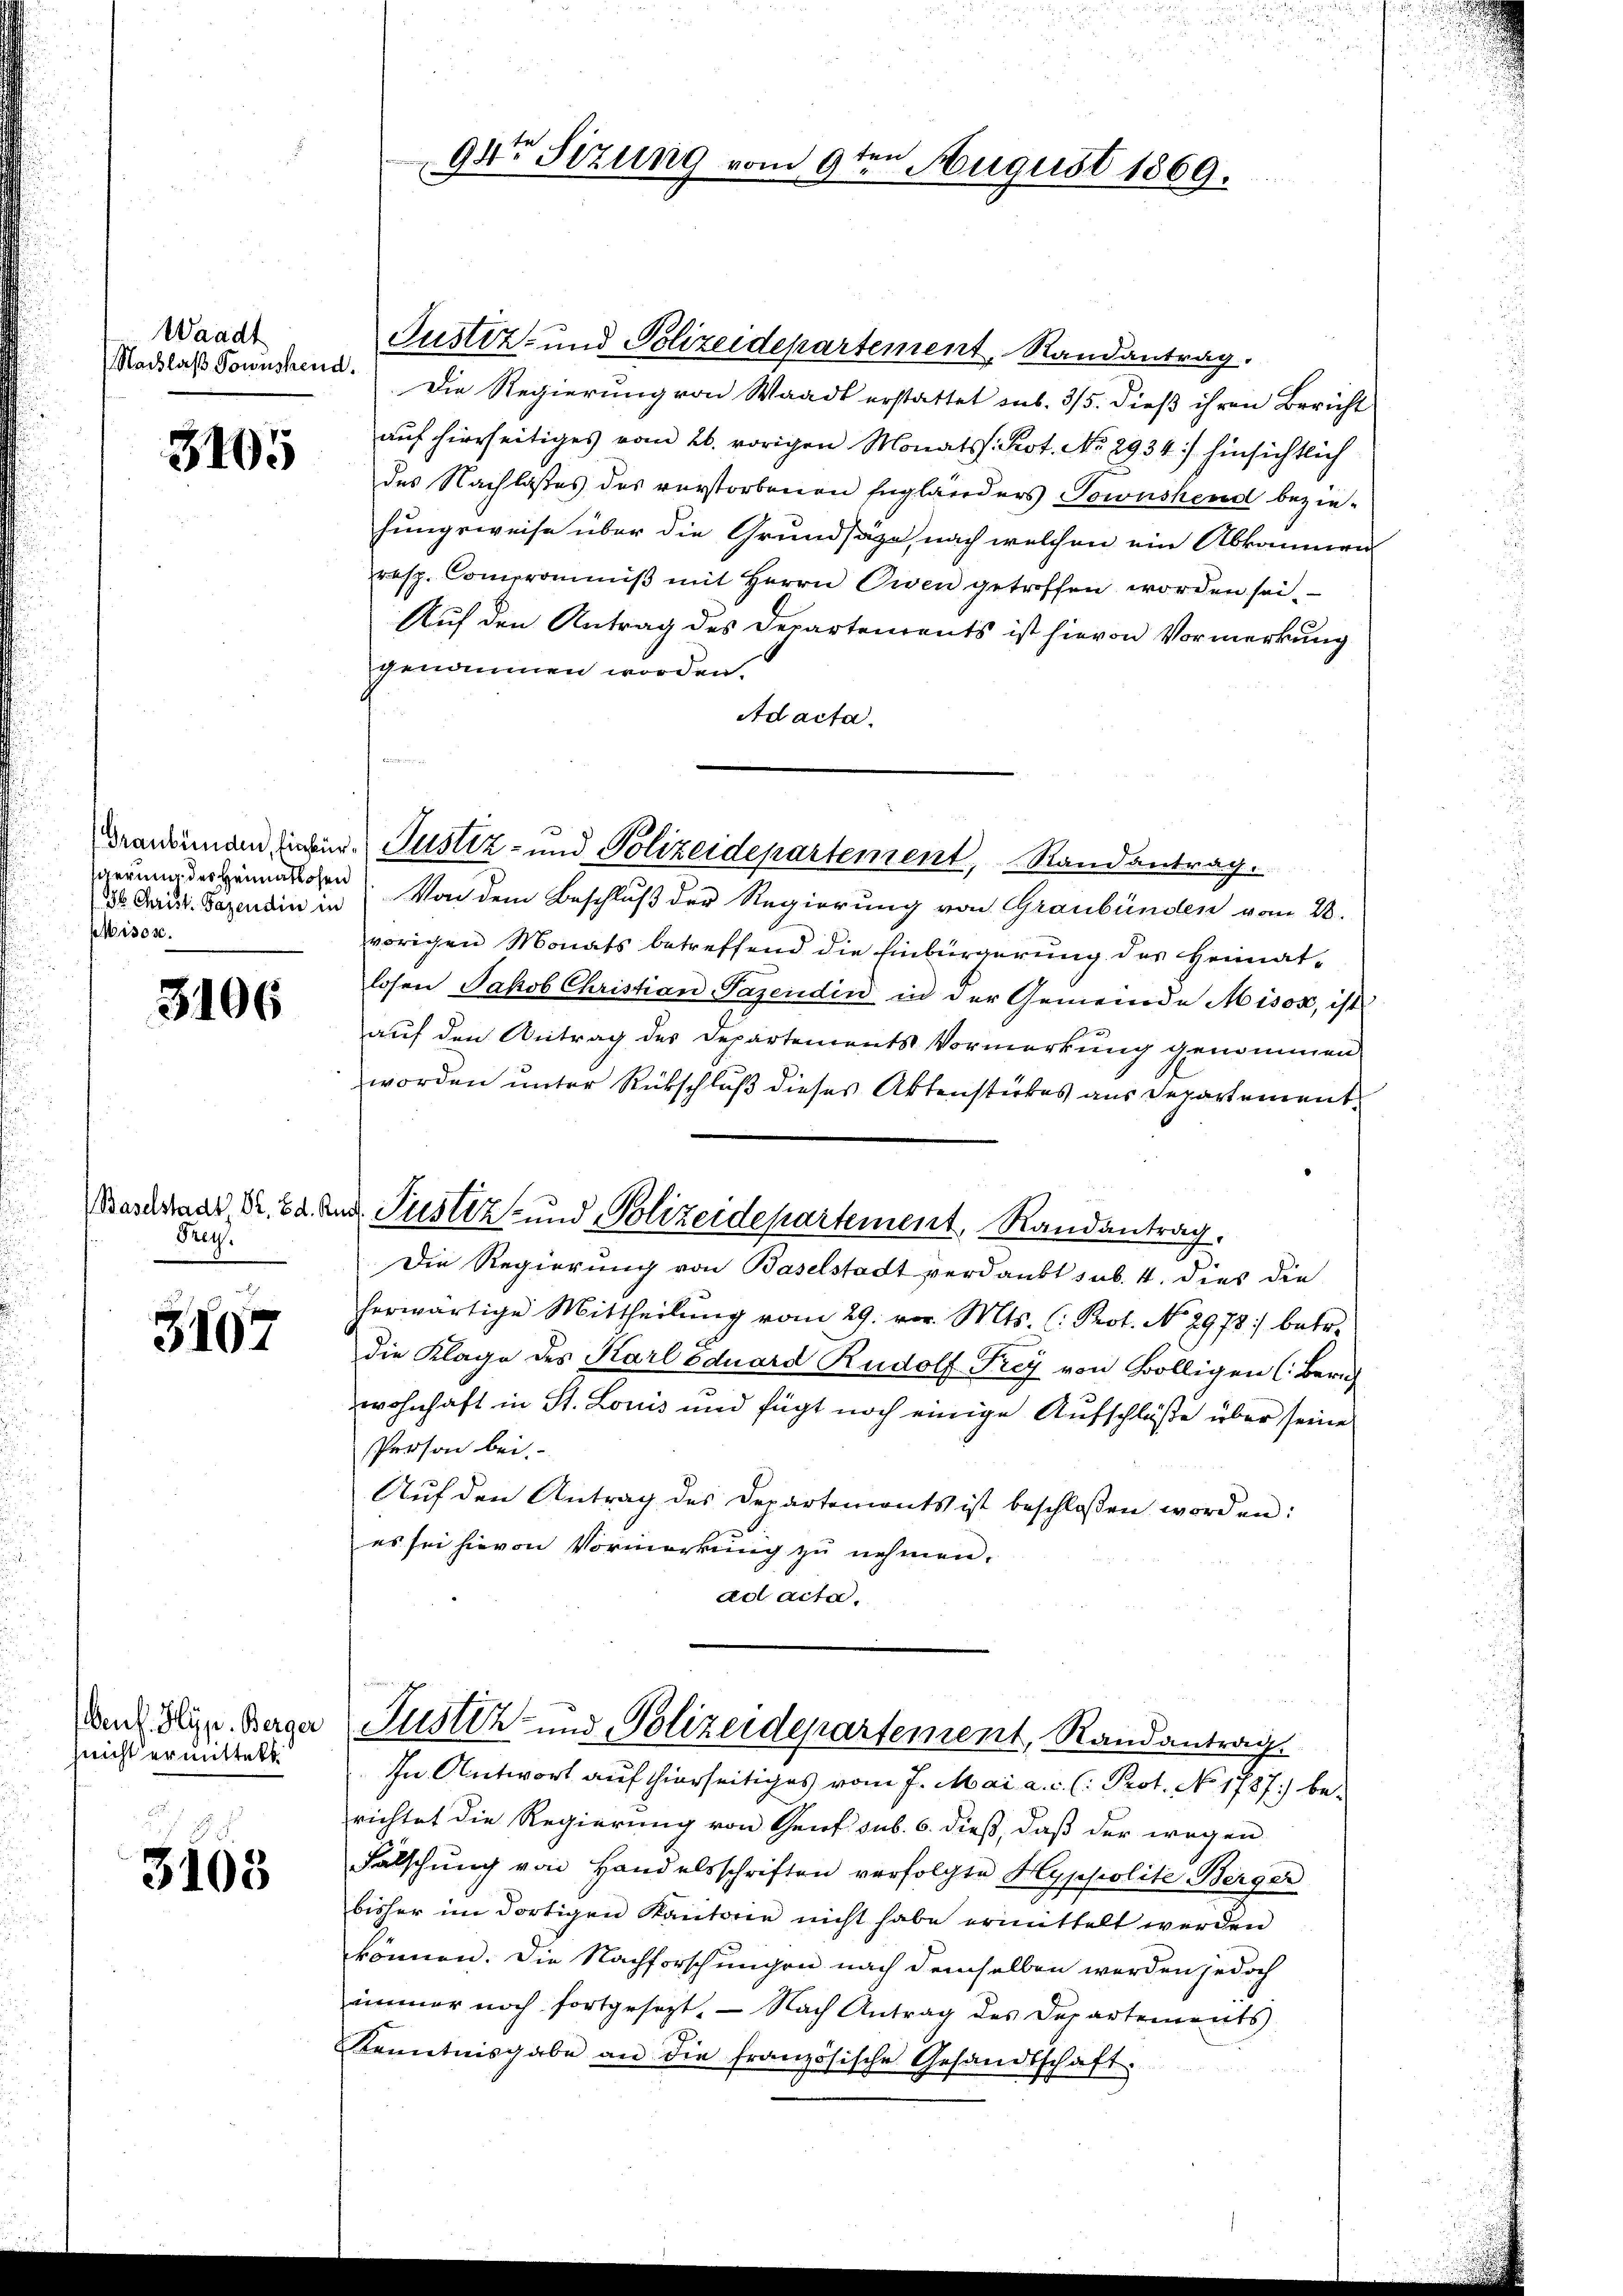
Waadt
(Nachlaß Towuskend.

3105

gierung des Heimatlosen
Misos.

3106

Baselstadt Dr. Ed. R.
Frey.

3107

nicht ermittelt

3105

ten
94te Sitzung vom 9ten August 1869.

Justiz- und Polizeidepartement, Randantrag.
Die Regierung von Waadt erstattet sub. 3/5. dieß ihren Bericht
auf hierseitiges vom 26. vorigen Monats Prot. No. 2934) hinsichtlich
des Nachlasses des verstorbenen Engländers Towushens bezie-
hungsweise über die Grundsätze, nach welchen ein Abkommen
resp. Comprominiβ mit Herrn Owen getroffen worden sei.
Auf den Antrag des Departements ist hievon Vormerkung
genommen worden.
Ad acta.
s
88. Christ. Papendin in Von dem Beschluß der Regierung von Graubünden vom 28.
vorigen Monats betreffend die Einbürgerung des Heimatlosen Jakob Christian Pazendin in der Gemeinde Misox, ist
auf den Antrag des Departements Vormerkung genommen
worden unter Rückschluß dieses Aktenstückes aus Departement
. Justiz- und Polizeidepartement, Randantrag.
Die Regierung von Baselstadt verdankt sub. 4. dies die
herwärtige Mittheilung vom 29. vor. Mts. (: Prot. No. 2978) betr.
die Klage des Karl Eduard Rudolf Frey von völligen (Bern
wohnhaft in St. Louis und fügt noch einige Aufschlüße über seine
Person bei.
Aŭf den Antrag des Departemonts ist beschloßen worden:
es sei hievon Vormerkung zu nehmen.
ad acta.

Frankunden sieber Justiz- und Polizeidepartement, Randantrag.

In Antwort auf hierseitiges vom 7. Mai a. c. l. Prot. No 1787.) berichtet die Regierung von Genf sub. 6. dieß, daß der wegen
Falschŭng von Handelsschriften verfolgte Hyppolite Berger
bisher im dortigen Kantone nicht habe ermittelt werden
können. Die Nachforschungen nach demselben werden jedoch
immer noch fortgesezt. Nach Antrag des Departements
Kenntnisgabe an die französische Gesandtschaft.

De Slin. Berger Justiz- und Polizeidepartement, Randantrag